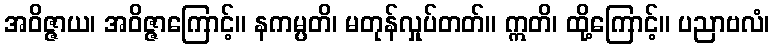
အဝိဇ္ဇာယ၊ အဝိဇ္ဇာကြောင့်။ နကမ္ပတိ၊ မတုန်လှုပ်တတ်။ ဣတိ၊ ထို့ကြောင့်။ ပညာဗလံ၊